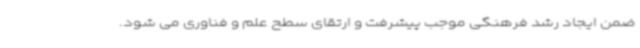
ضمن ایجاد رشد فرهنگی موجب پیشرفت و ارتقای سطح علم و فناوری می شود.